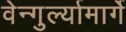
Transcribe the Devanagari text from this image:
वेन्गुर्ल्यामार्गे